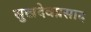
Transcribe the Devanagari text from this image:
सुखदेवप्रसाद